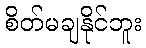
စိတ်မချနိုင်ဘူး